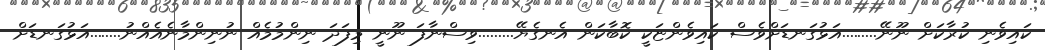
ކައިވެނި ކުރާކަށް ނޫނޭ.........އަޅުގަނޑަށްވެސް ކައިވެންޏަކީ ކޮބާކަން އެނގެޔޭ.........ވިސްނާފަ ނޫނީ މިފަދަ ނިންމުމެއް ނުނިންމާނެއެއްނު........އަޅުގަނޑަށް